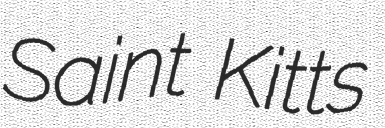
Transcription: Saint Kitts